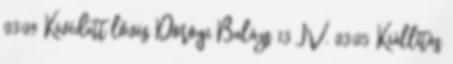
03:09 Kivédett lövés Dorogi Balázs 13 IV. 03:05 Kiállítás